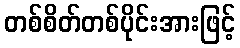
တစ်စိတ်တစ်ပိုင်းအားဖြင့်